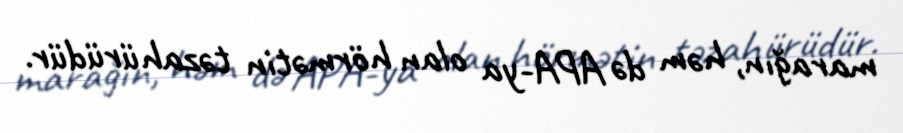
marağın, həm də APA-ya olan hörmətin təzahürüdür.